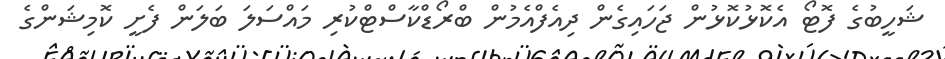
ޝަހީބުގެ ފޮޓޯ އެކޮޅުކޮޅުން ޖަހައިގެން ދިއެފްއެމުން ބްރޯޑްކާސްޓްކުރި މައްސަލަ ބަލަން ފެށީ ކޮމިޝަންގެ